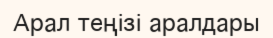
Арал теңізі аралдары